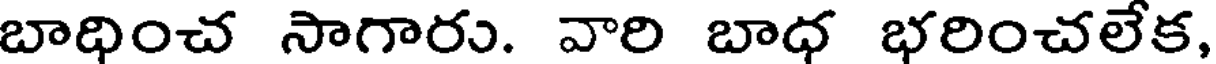
బాధించ సాగారు. వారి బాధ భరించలేక,